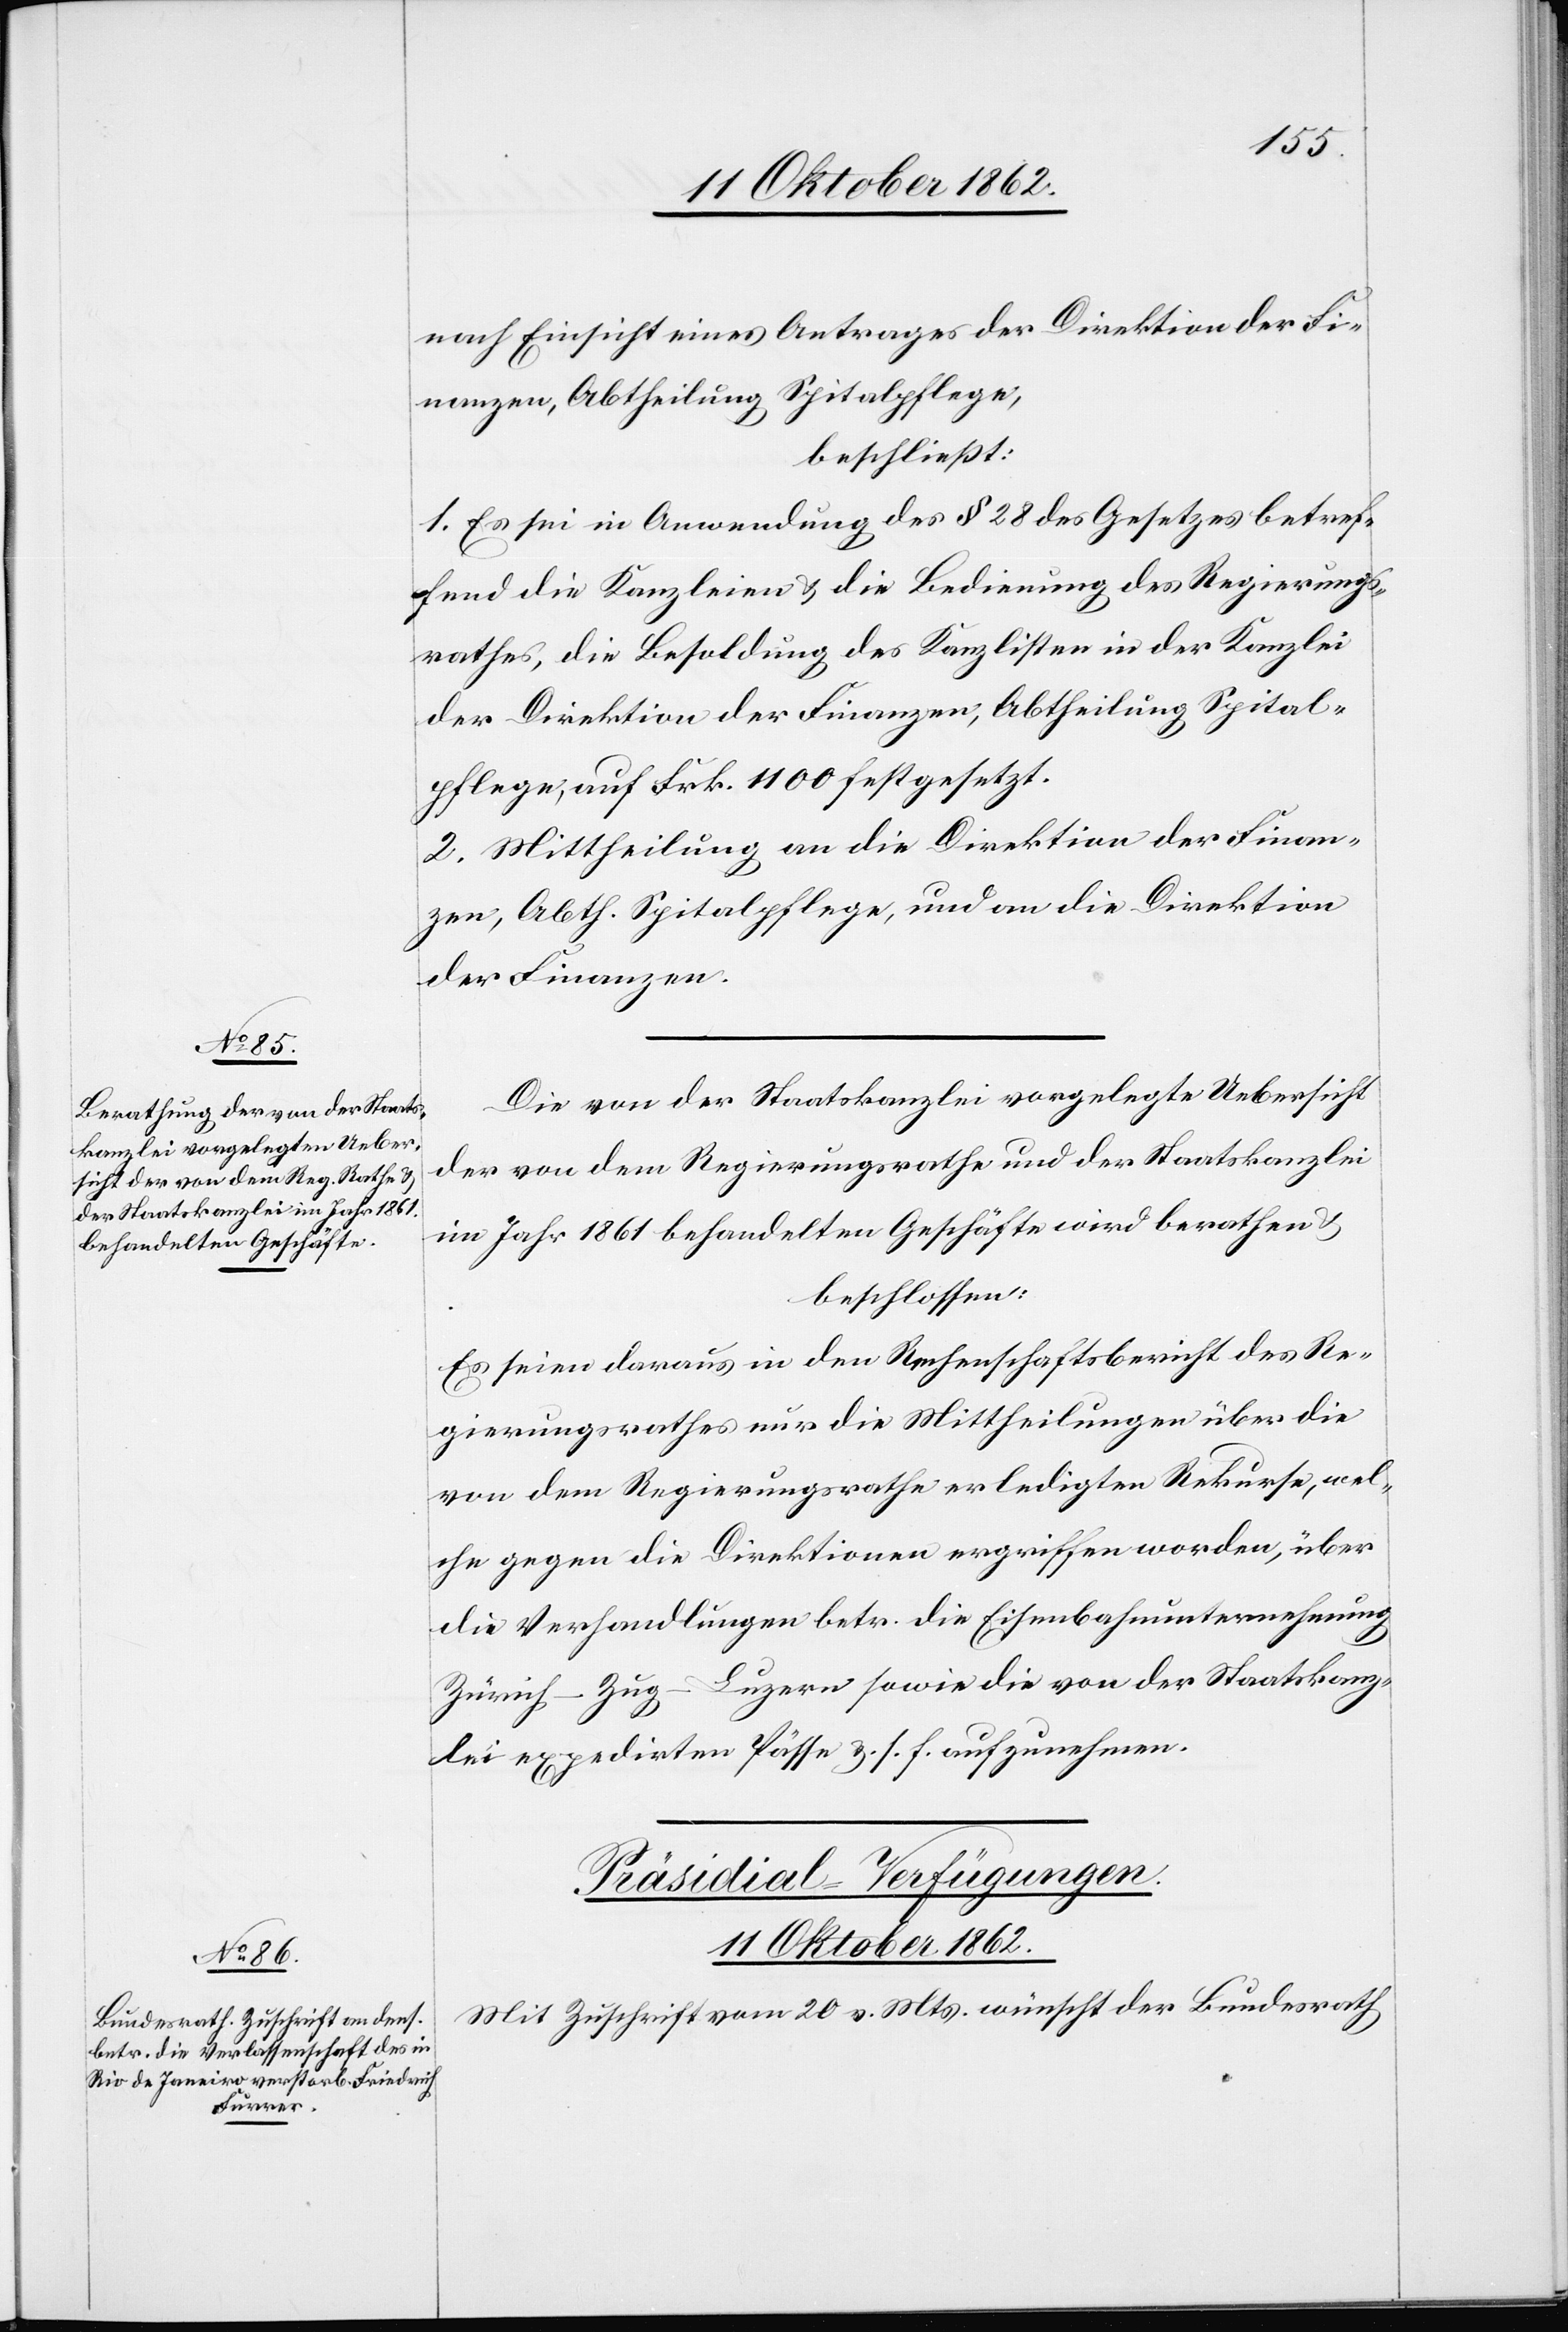
11. Oktober 1862.
nach Einsicht eines Antrages der Direktion der Fi¬
nanzen, Abtheilung Spitalpflege,
beschließt:
1. Es sei in Anwendung des § 28 des Gesetzes betref¬
fend die Kanzlei u. die Bedingung des Regierungs¬
rathes, die Besoldung des Kanzlisten in der Kanzlei
der Direktion der Finanzen, Abtheilung Spital¬
pflege, auf Frk. 1100 festgesetzt.
2. Mittheilung an die Direktion der Finan¬
zen, Abth. Spitalpflege, und an die Direktion
der Finanzen.
Die von der Staatskanzlei vorgelegte Uebersicht
der von dem Regierungsrathe und der Staatskanzlei
im Jahr 1861 behandelten Geschäfte wird berathen u.
beschlossen:
Es seien daraus in den Rechenschaftsbericht des Re¬
gierungsrathes nur die Mittheilungen über die
von dem Regierungsrathe erledigten Rekurse, wel¬
che gegen die Direktionen ergriffen worden, über
die Verhandlungen betr. die Eisenbahnunternehmung
Zürich–Zug–Luzern sowie die von der Staatskanz¬
lei expedirten Pässe u. s. f. aufzunehmen.
Präsidial-Verfügungen.
Mit Zuschrift vom 20. v. Mts. wünscht der Bundesrath